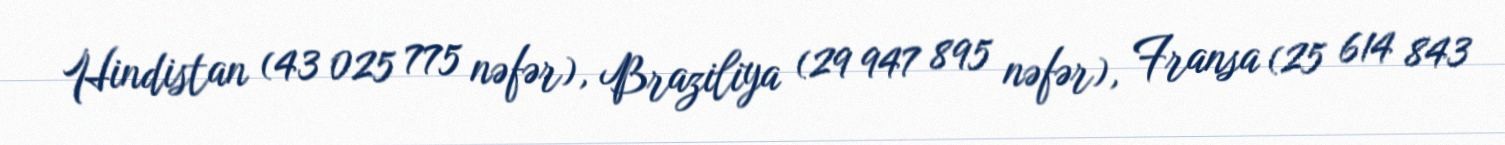
Hindistan (43 025 775 nəfər), Braziliya (29 947 895 nəfər), Fransa (25 614 843